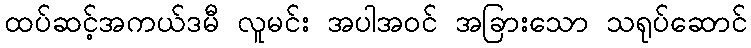
ထပ်ဆင့်အကယ်ဒမီ လူမင်း အပါအဝင် အခြားသော သရုပ်ဆောင်